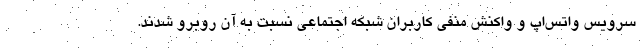
سرویس واتس‌اپ و واکنش منفی کاربران شبکه اجتماعی نسبت به آن روبرو شدند.